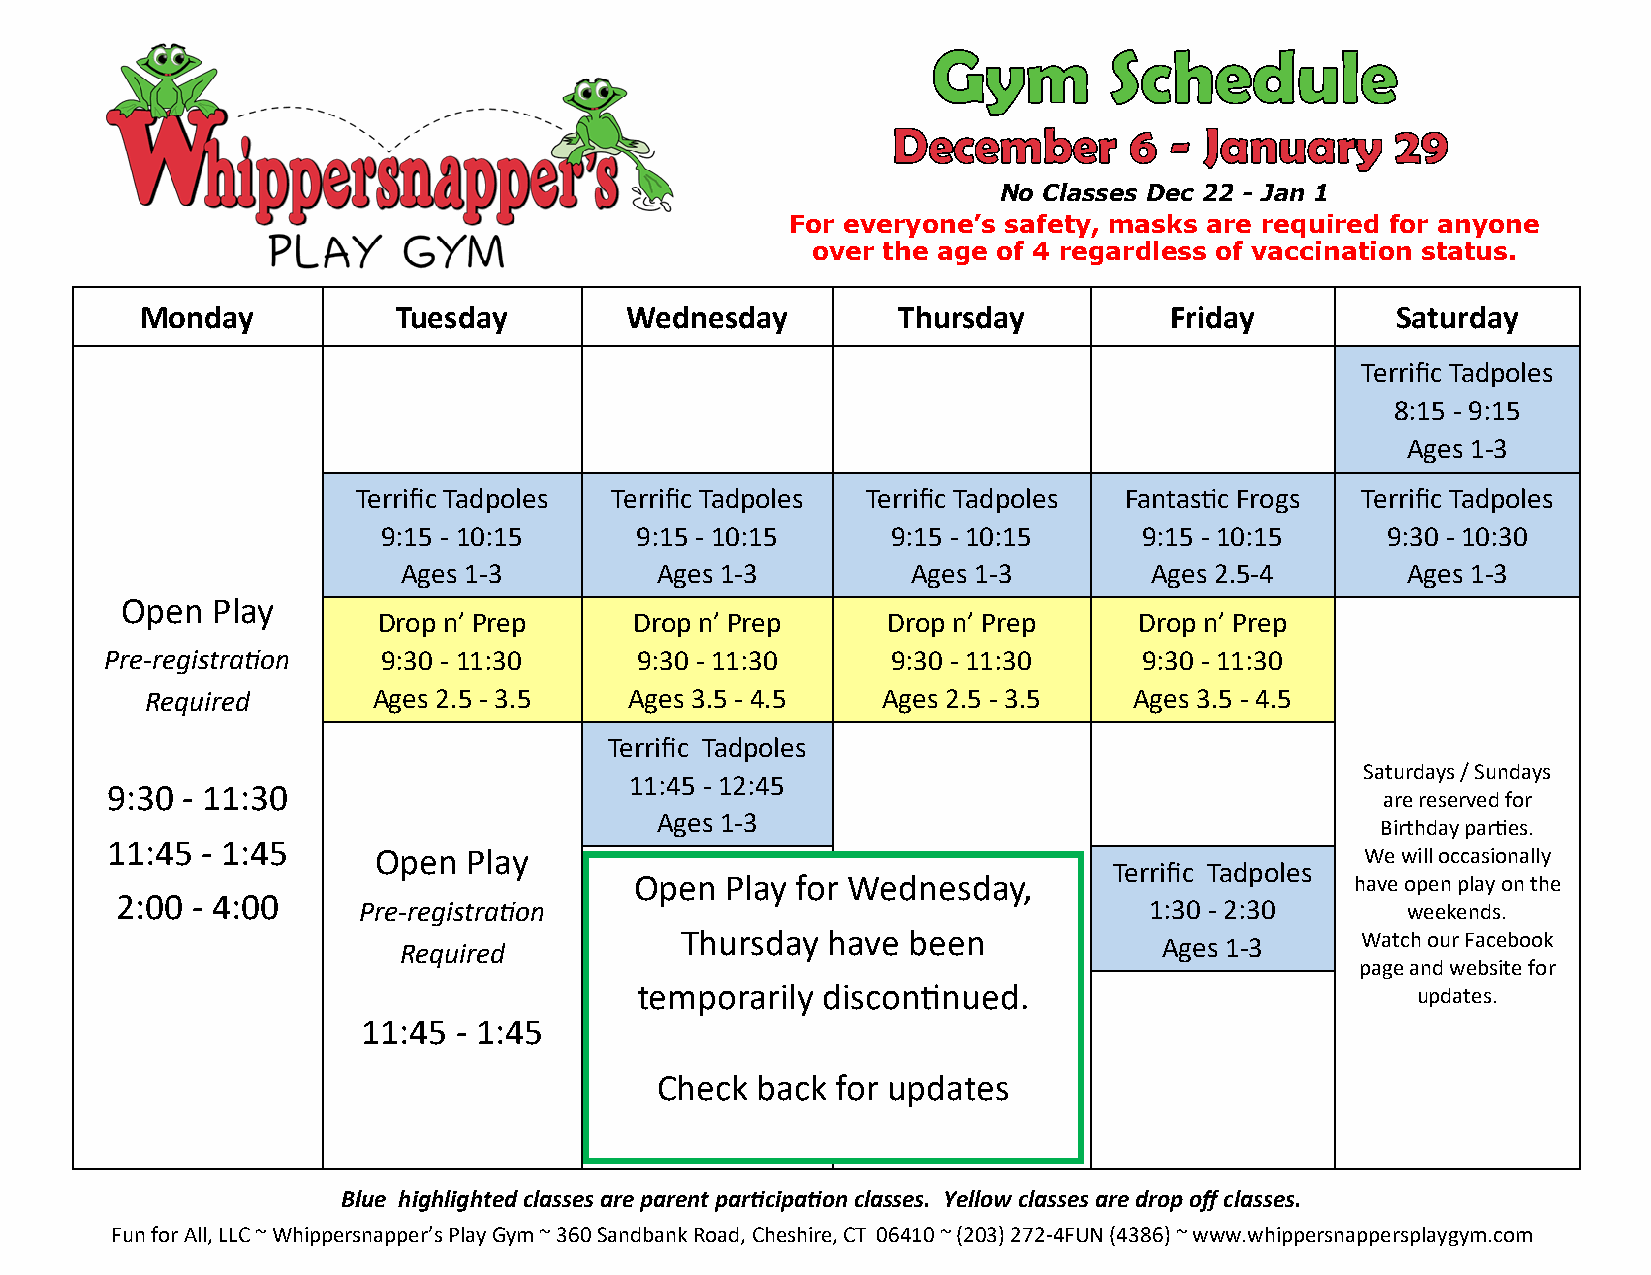
No Classes Dec 22 - Jan 1
 For everyone’s safety, masks are required for anyone
 over the age of 4 regardless of vaccination status.
 Monday           Tuesday        Wednesday         Thursday          Friday         Saturday
 Terrific Tadpoles
 8:15 - 9:15
 Ages 1-3
 Terrific Tadpoles Terrific Tadpoles Terrific Tadpoles Fantastic Frogs Terrific Tadpoles
 9:15 - 10:15     9:15 - 10:15     9:15 - 10:15     9:15 - 10:15    9:30 - 10:30
 Ages 1-3        Ages 1-3         Ages 1-3        Ages 2.5-4       Ages 1-3
 Open  Play
 Drop n’ Prep     Drop n’ Prep     Drop n’ Prep    Drop n’ Prep
 Pre-registration  9:30 - 11:30     9:30 - 11:30     9:30 - 11:30     9:30 - 11:30
 Required       Ages 2.5 - 3.5   Ages 3.5 - 4.5  Ages 2.5 - 3.5   Ages 3.5 - 4.5
 Terrific Tadpoles
 Saturdays / Sundays
 11:45 - 12:45
 9:30 - 11:30
 are reserved for
 Ages 1-3
 Birthday parties.
 11:45 - 1:45
 Open  Play                        Open  Play                     We will occasionally
 Terrific Tadpoles
 OOppeenn PPllaayy for Wednesday,                have open play on the
 2:00 - 4:00     Pre-registration                 Pre-registration   1:30 - 2:30      weekends.
 Required       Pre-reTghisutrrastidona y have b Ree qe un ire d Ages 1-3 Watch our Facebook
 page and website for
 Required
 temporarily discontin ued.                          updates.
 11:45 - 1:45                      1:00 - 3:00
 1:00 - 3:00
 Check  back for 3u:p1d5a -t 5e:s1 5
 3:15 - 5:15
 5:30 - 7:30
 Blue highlighted classes are parent participation classes. Yellow classes are drop off classes.
 Fun for All, LLC ~ Whippersnapper’s Play Gym ~ 360 Sandbank Road, Cheshire, CT 06410 ~ (203) 272-4FUN (4386) ~ www.whippersnappersplaygym.com